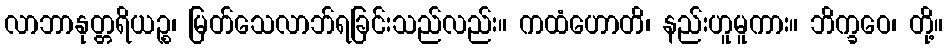
လာဘာနုတ္တရိယဉ္စ၊ မြတ်သေလာဘ်ရခြင်းသည်လည်း။ ကထံဟောတိ၊ နည်းဟူမူကား။ ဘိက္ခဝေ၊ တို့။